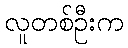
လူတစ်ဦးက